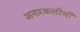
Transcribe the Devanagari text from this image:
अनारकलीची